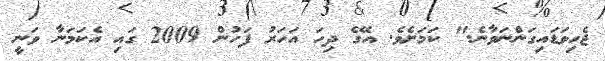
ޖެހިވަޑައިގަންނަވާނެ." ކަމަށެވެ. އޭގެ ދިހަ އަހަރު ފަހުން 2009 ގައި އެކަމަނާ ވަނީ